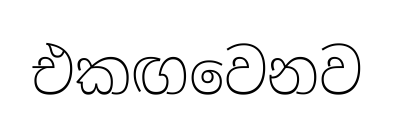
එකඟවෙනව